Lunatic asylums Central Provinces reports 1895-1909 - 1895-1909
Year: 1895
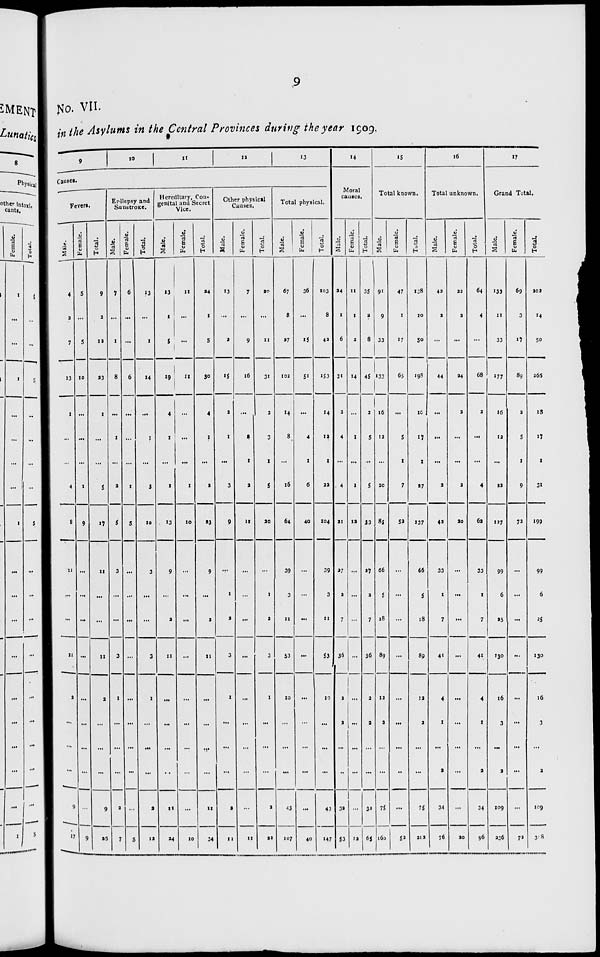
9
No. VII.
in the Asylums in the Central Provinces during the year 1909.
9
10 11
12
13
Causes.
Fevers.
Male.
4
2
7
13
1
...
...
4
8
11
...
...
11
2
...
...
...
9
17
Female.
5
...
5
10
...
...
...
1
9
...
...
...
...
...
...
...
...
...
9
Total.
9
2
12
23
1
...
...
5
17
11
...
...
11
2
...
...
...
9
26
Epilepsy and
Sunstroke.
Male.
7
...
1
8
...
1
...
2
5
3
...
...
3
1
...
...
...
2
7
Female.
6
...
...
6
...
...
...
1
5
...
...
...
...
...
...
...
...
...
5
Total.
13
...
1
14
...
1
...
3
10
3
...
...
3
1
...
...
...
2
12
Hereditary, Con-
genital and Secret
Vice.
Male.
13
1
5
19
4
1
...
1
13
9
...
2
11
...
...
...
...
11
24
Female.
11
...
...
11
...
...
...
1
10
...
...
...
...
...
...
...
...
...
10
Total.
24
1
5
30
4
1
...
2
23
9
...
2
11
...
...
...
...
11
34
Other physical
Causes.
Male.
13
...
2
15
2
1
...
3
9
...
1
2
3
1
...
...
...
2
11
Female.
7
...
9
16
...
2
1
2
11
...
...
...
...
...
...
...
...
...
11
Total.
20
...
11
31
2
3
1
5
20
...
1
2
3
1
...
...
...
2
22
Total physical.
Male.
67
8
27
102
14
8
...
16
64
39
3
11
53
10
...
...
...
43
107
Female.
36
...
15
51
...
4
1
6
40
...
...
...
...
...
...
...
...
...
40
Total.
103
8
42
153
14
12
1
22
104
39
3
11
53
10
...
...
...
43
147
14
Moral
causes.
Male.
24
1
6
31
2
4
...
4
21
27
2
7
36
2
2
...
...
32
53
Female.
11
1
2
14
...
1
...
1
12
...
...
...
...
...
...
...
...
...
12
Total.
35
2
8
45
2
5
..
5
33
27
2
7
36
2
2
...
...
32
65
15
Total known.
Male.
91
9
33
133
16
12
...
20
85
66
5
18
89
12
2
...
...
75
160
Female.
47
1
17
65
...
5
1
7
52
...
...
...
...
...
...
...
...
...
52
Total.
138
10
50
198
16
17
1
27
137
66
5
18
89
12
2
...
...
75
212
16
Total unknown.
Male.
42
2
...
44
...
...
...
2
42
33
1
7
41
4
1
...
2
34
76
Female.
22
2
...
24
2
...
...
2
20
...
...
...
...
...
...
...
...
...
20
Total.
64
4
...
68
2
...
...
4
62
33
1
7
41
4
1
...
2
34
96
17
Grand Total.
Male.
133
11
33
177
16
12
...
22
127
99
6
25
130
16
3
...
2
109
236
Female.
69
3
17
89
2
5
1
9
72
...
...
...
...
...
...
...
...
...
72
Total.
202
14
50
266
18
17
1
31
199
99
6
25
130
16
3
...
2
109
318